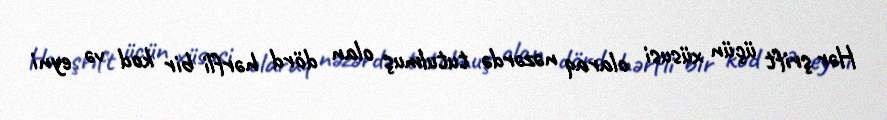
Hər şrift üçün xüsusi olaraq nəzərdə tutulmuş olan dörd hərfli bir kod və eyni